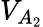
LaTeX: V_{A_{2}}